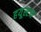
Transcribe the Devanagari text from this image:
हयूस्टन